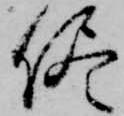
侭